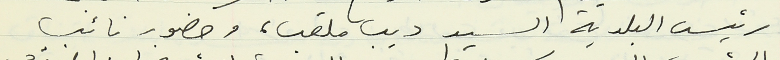
رئيس البلدية السيد ديب ملعب، وحضور نائب